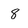
Character: 8